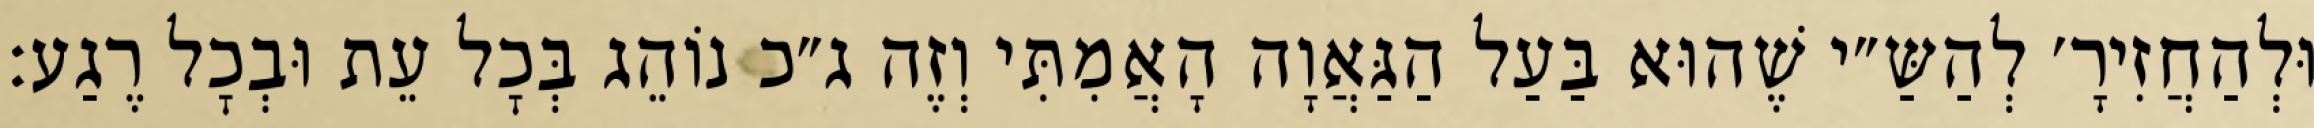
וּלְהַחֲזִירָ׳ לְהַשַּ״י שֶׁהוּא בַּעַל הַגַּאֲוָה הָאֲמִתִּי וְזֶה ג״כ נוֹהֵג בְּכׇל עֵת וּבְכׇל רֶגַע: